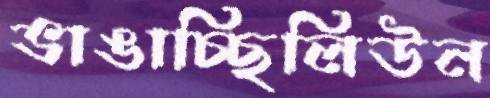
ভাঙাচ্ছিলিউন